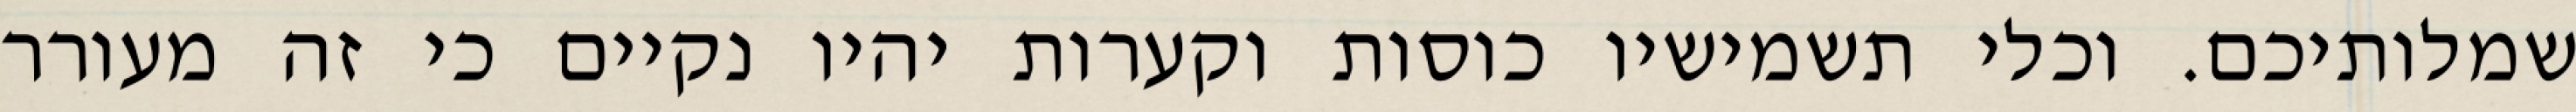
שמלותיכם. וכלי תשמישיו כוסות וקערות יהיו נקיים כי זה מעורר